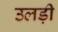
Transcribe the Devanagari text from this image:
उलड़ी